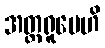
အတ္တရူပေဟိ